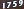
1759